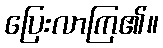
ပြေးလာကြ၏။